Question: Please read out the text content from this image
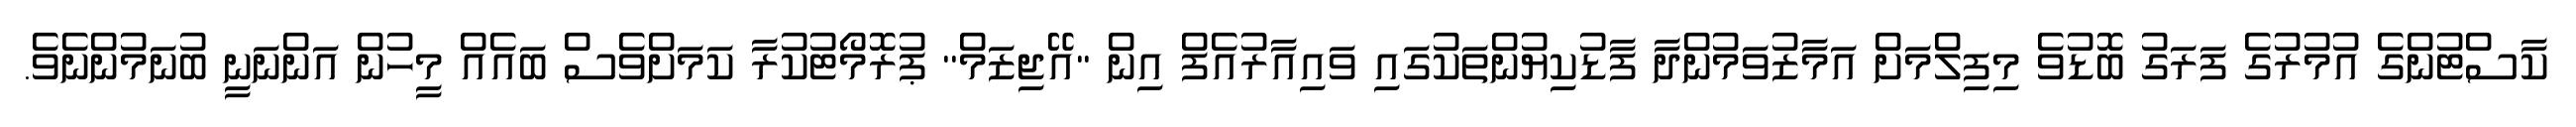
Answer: ކާސްޓުންގެ އުމުރުގެ ފަރަގު ބޮޑުވެ މިފިލްމަށް އަމާޒުވަމުންދާ ފާޑުކިޔުންތަކުގައި ވައިއާރުއެފް އިން ''އޭޖިޒަމް'' ޕުރޮމޯޓުކުރާ ކަމަށްވެސް ބައެއް މީހުން އަންނަނީ ބުނަމުންނެވެ.